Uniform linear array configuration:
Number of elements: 4
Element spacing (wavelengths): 0.75
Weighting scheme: hamming
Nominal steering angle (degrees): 60
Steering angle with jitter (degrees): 58.309
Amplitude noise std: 0.05
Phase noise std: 0.05

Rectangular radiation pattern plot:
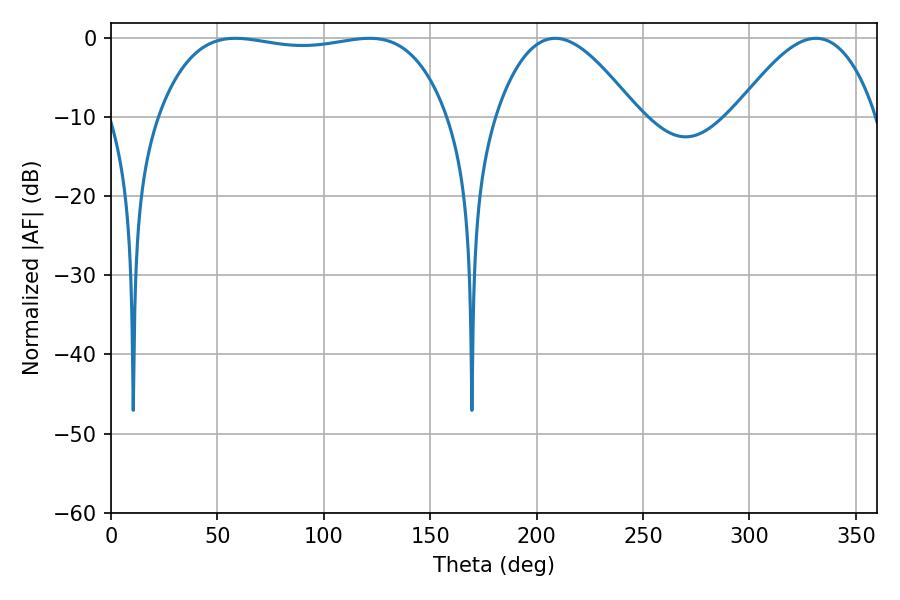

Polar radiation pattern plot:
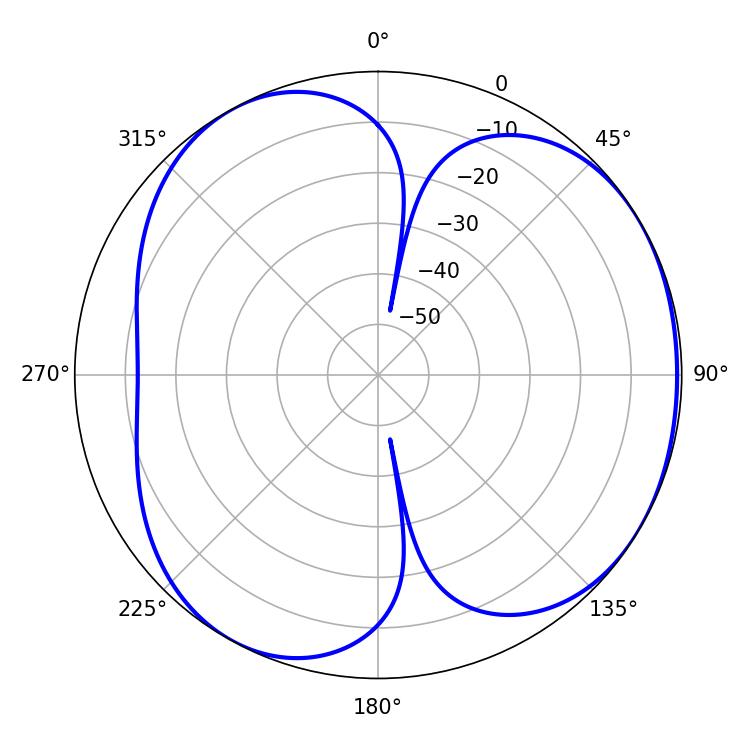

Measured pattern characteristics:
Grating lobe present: TRUE
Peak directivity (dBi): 4.212
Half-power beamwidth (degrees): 108.36
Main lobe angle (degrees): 58.5